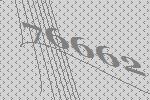
76662